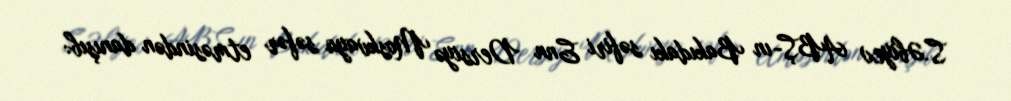
S.Əbiyev ABŞ-ın Bakıdakı səfiri Enn Dersiyə Moskvaya səfər etməsindən danışıb: